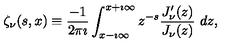
\zeta _ { \nu } ( s , x ) \equiv \displaystyle { \frac { - 1 } { 2 \pi \imath } } \int _ { x - \imath \infty } ^ { x + \imath \infty } z ^ { - s } \displaystyle { \frac { J _ { \nu } ^ { \prime } ( z ) } { J _ { \nu } ( z ) } } \ d z ,